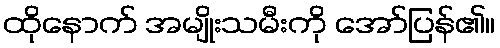
ထိုနောက် အမျိုးသမီးကို အော်ပြန်၏။